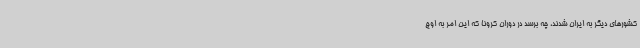
کشورهای دیگر به ایران شدند، چه برسد در دوران کرونا که این امر به اوج